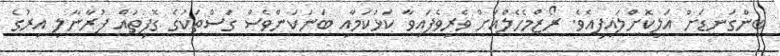
ބިންގަނޑަށް އަލިކޮށްލައިފިއެވެ. ރޯޒްމެހެލްއަށް ވެރިވެފައިވާ ކަޅުކަމާއި ބަނަކަންވެސް ގަސްތަކުގެ ގޮފިތައް ފުރާނާލި އިރުގެ